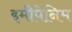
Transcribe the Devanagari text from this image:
इमीपेनिम